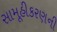
સામૂહીકરણની